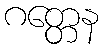
ဂတ္တေန